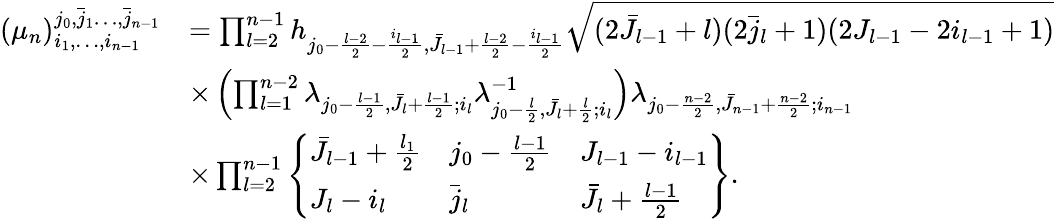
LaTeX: \begin{array}{rl}{(\mu_{n})_{i_{1},\dots,i_{n-1}}^{j_{0},\bar{j}_{1}\dots,\bar{j}_{n-1}}}&{=\prod_{l=2}^{n-1}h_{j_{0}-\frac{l-2}{2}-\frac{i_{l-1}}{2},\bar{J}_{l-1}+\frac{l-2}{2}-\frac{i_{l-1}}{2}}\sqrt{(2\bar{J}_{l-1}+l)(2\bar{j}_{l}+1)(2J_{l-1}-2i_{l-1}+1)}}\\ &{\times\left(\prod_{l=1}^{n-2}\lambda_{j_{0}-\frac{l-1}{2},\bar{J}_{l}+\frac{l-1}{2};i_{l}}\lambda_{j_{0}-\frac{l}{2},\bar{J}_{l}+\frac{l}{2};i_{l}}^{-1}\right)\lambda_{j_{0}-\frac{n-2}{2},\bar{J}_{n-1}+\frac{n-2}{2};i_{n-1}}}\\ &{\times\prod_{l=2}^{n-1}\left\{ \begin{array}{lll}{\bar{J}_{l-1}+\frac{l_{1}}{2}}&{j_{0}-\frac{l-1}{2}}&{J_{l-1}-i_{l-1}}\\ {J_{l}-i_{l}}&{\bar{j}_{l}}&{\bar{J}_{l}+\frac{l-1}{2}}\end{array}\right\} .}\end{array}